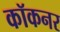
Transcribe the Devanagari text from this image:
कॉकनर